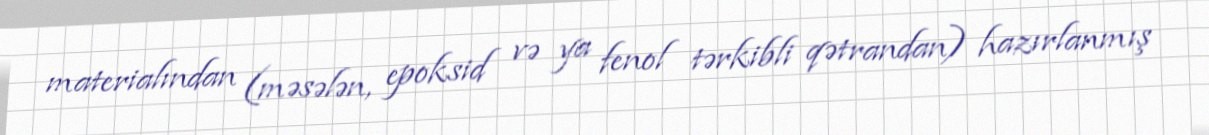
materialından (məsələn, epoksid və ya fenol tərkibli qətrandan) hazırlanmış